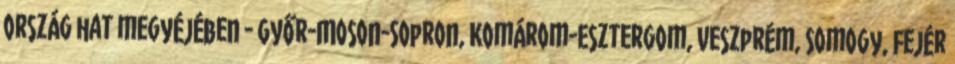
ország hat megyéjében - Győr-Moson-Sopron, Komárom-Esztergom, Veszprém, Somogy, Fejér